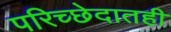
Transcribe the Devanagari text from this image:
परिच्छेदातही